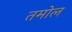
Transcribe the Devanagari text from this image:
तमोल